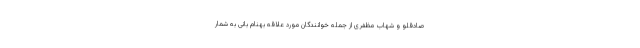
صادقلو و شهاب مظفری از جمله خوانندگان مورد علاقه بهنام بانی به شمار